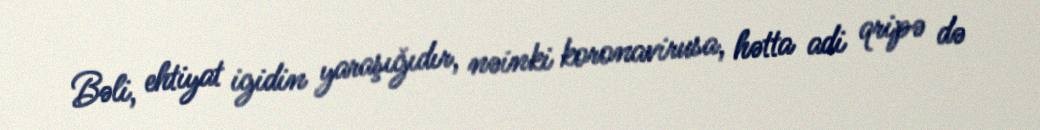
Bəli, ehtiyat igidin yaraşığıdır, nəinki koronavirusa, hətta adi qripə də